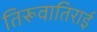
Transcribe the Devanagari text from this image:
तिरूवातिराई